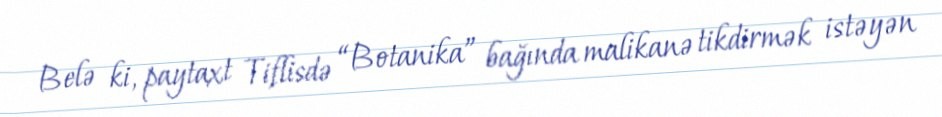
Belə ki, paytaxt Tiflisdə “Botanika” bağında malikanə tikdirmək istəyən